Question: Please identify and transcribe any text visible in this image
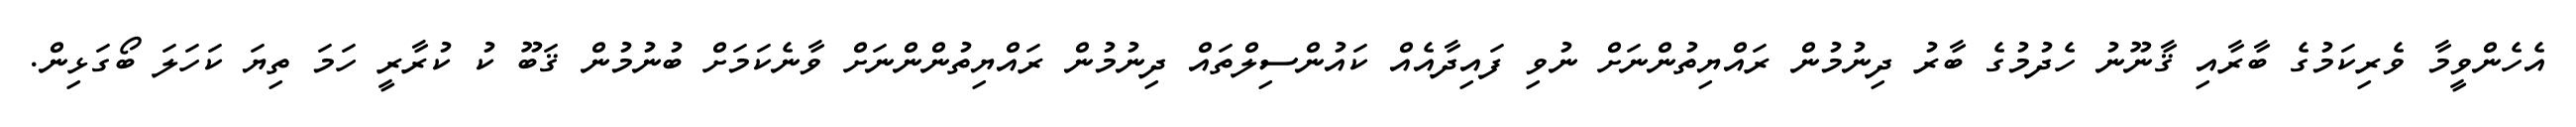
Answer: އެހެންވީމާ ވެރިކަމުގެ ބާރާއި ޤާނޫނު ހެދުމުގެ ބާރު ދިނުމުން ރައްޔިތުންނަށް ނުވި ފައިދާއެއް ކައުންސިލްތައް ދިނުމުން ރައްޔިތުންންނަށް ވާނެކަމަށް ބުނުމުން ޤަބޫ ކު ކުރާރީ ހަމަ ތިޔަ ކަހަލަ ބޯގަޅިން.